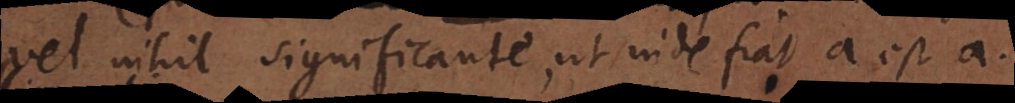
vel nihil significante, ut inde fiat a est a.